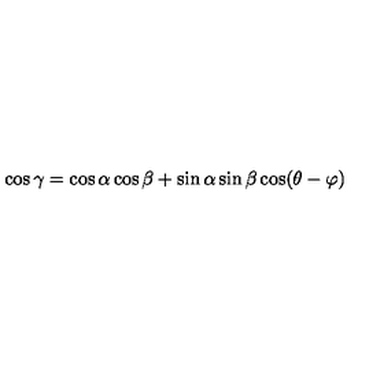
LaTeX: \cos \gamma = \cos \alpha \cos \beta + \sin \alpha \sin \beta \cos ( \theta - \varphi )